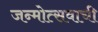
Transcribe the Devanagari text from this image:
जन्मोत्सवाची